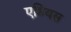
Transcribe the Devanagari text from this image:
एडियस